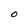
Character: O